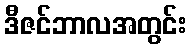
ဒီဇင်ဘာလအတွင်း